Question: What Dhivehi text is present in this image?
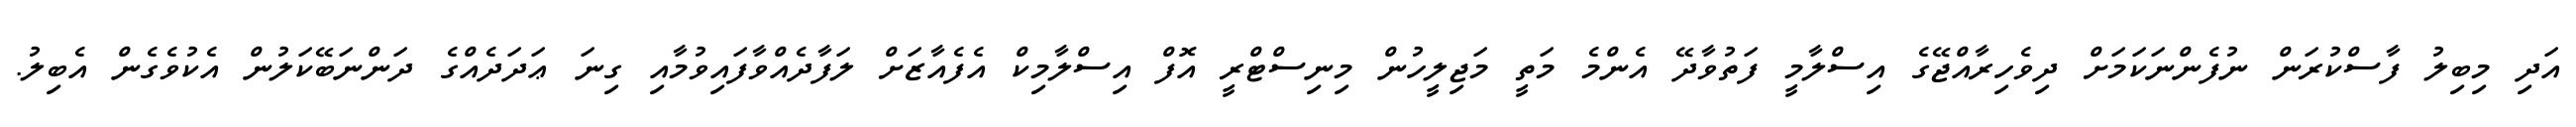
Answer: އަދި މިބިލު ފާސްކުރަން ނުފެންނަކަމަށް ދިވެހިރާއްޖޭގެ އިސްލާމީ ފަތުވާދޭ އެންމެ މަތީ މަޖިލީހުން މިނިސްޓްރީ އޮފް އިސްލާމިކް އެފެއާޒަށް ލަފާދެއްވާފައިވުމާއި ގިނަ ޢަދަދެއްގެ ދަންނަބޭކަލުން އެކުވެގެން އެބިލު.